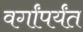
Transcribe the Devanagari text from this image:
वर्गांपर्यंत